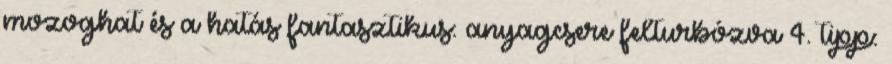
mozoghat és a hatás fantasztikus: anyagcsere felturbózva 4. tipp: